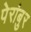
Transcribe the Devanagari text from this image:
पेरांबुर